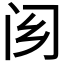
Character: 𨷿